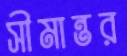
সীমান্তর